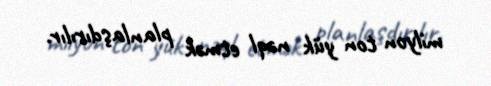
milyon ton yük nəql etmək planlaşdırılır.